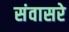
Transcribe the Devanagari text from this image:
संवासरे